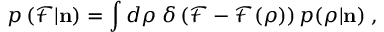
p \left( \mathcal { F } | { \bf n } \right) = \int d \boldsymbol { \rho } \; \delta \left( \mathcal { F } - \mathcal { F } ( \boldsymbol { \rho } ) \right) p ( \boldsymbol { \rho } | { \bf n } ) \; ,